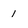
Character: 1